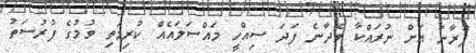
ފުރާނަ އަށް ނުރައްކާ ވެދާނެ ފަދަ ސިއްހީ މައްސަލައެއް ކުރިމަތި ވުމުގެ ފުރުސަތު